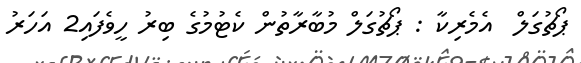
ޕޯޗުގަލް  އެމެރިކާ : ޕޯޗުގަލް މުބާރާތުން ކެޓުމުގެ ބިރު ހީވެފައި2 އަހަރު